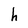
Character: h